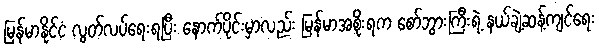
မြန်မာနိုင်ငံ လွတ်လပ်ရေးရပြီး နောက်ပိုင်းမှာလည်း မြန်မာအစိုးရက စော်ဘွားကြီးရဲ့ နယ်ချဲ့ဆန့်ကျင်ရေး